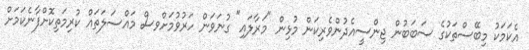
އެކަމަކު މިބޭސްތަކުގެ ސަބަބުން ޖިންސީއެދުންވެރިކަން މުޅިން "މަރާލައި" ގުނަވަން ހަރުވުމަށްވސް މައްސަލަތައް ކުރިމަތިކޮށްފާނެކަމަށް